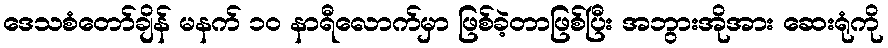
ဒေသစံတော်ချိန် မနက် ၁၀ နာရီလောက်မှာ ဖြစ်ခဲ့တာဖြစ်ပြီး အဘွားအိုအား ဆေးရုံကို